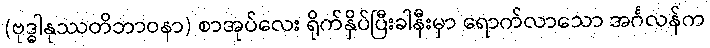
(ဗုဒ္ဓါနုဿတိဘာဝနာ) စာအုပ်လေး ရိုက်နှိပ်ပြီးခါနီးမှာ ရောက်လာသော အင်္ဂလန်က